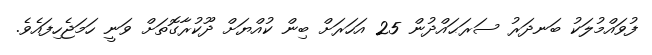
ފުވައްމުލަކު ބަނދަރު ސަރަޙައްދުން 25 އަހަރަށް ބިން ކުއްޔަށް ދޫކުރާގޮތަށް ވަނީ ހަމަޖެހިފައެވެ.